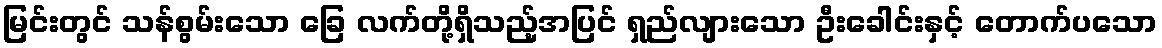
မြင်းတွင် သန်စွမ်းသော ခြေ လက်တို့ရှိသည့်အပြင် ရှည်လျားသော ဦးခေါင်းနှင့် တောက်ပသော